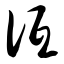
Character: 诋